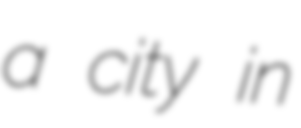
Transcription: a city in